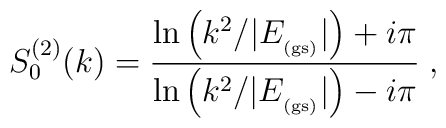
S^{(2)}_{0}(k)=\frac{\ln \left(k^{2}/|E_{_{\rm (gs)}}| \right) + i \pi}{\ln \left(k^{2}/|E_{_{\rm (gs)}}| \right) - i \pi}\;  ,